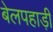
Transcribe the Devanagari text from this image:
बेलपहाड़ी